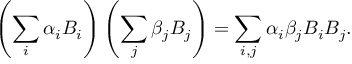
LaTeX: \left( \sum _ { i } \alpha _ { i } B _ { i } \right) \left( \sum _ { j } \beta _ { j } B _ { j } \right) = \sum _ { i , j } \alpha _ { i } \beta _ { j } B _ { i } B _ { j } .